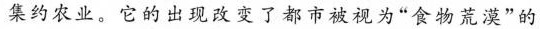
集约农业。它的出现改变了都市被视为“食物荒漠”的